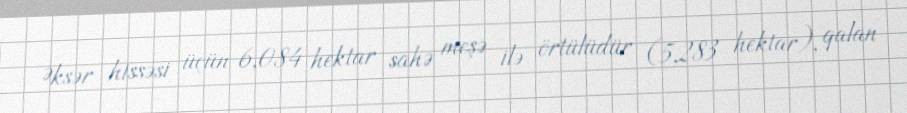
Əksər hissəsi üçün 6,084 hektar sahə meşə ilə örtülüdür (5,283 hektar), qalan